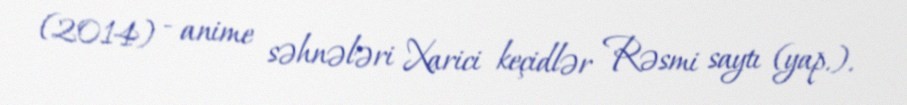
(2014) - anime səhnələri Xarici keçidlər Rəsmi saytı (yap.).